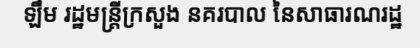
ឡឹម រដ្ឋមន្ត្រីក្រសួង នគរបាល នៃសាធារណរដ្ឋ